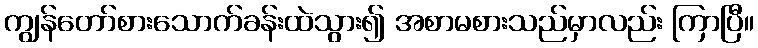
ကျွန်တော်စားသောက်ခန်းထဲသွား၍ အစာမစားသည်မှာလည်း ကြာပြီ။